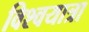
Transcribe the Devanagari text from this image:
विश्वयात्रा